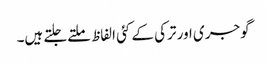
گوجری اور ترکی کے کئی الفاظ ملتےجلتے ہیں۔